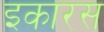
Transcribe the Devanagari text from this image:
इकारस